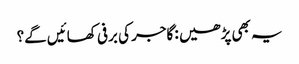
یہ بھی پڑھیں : گاجر کی برفی کھائیں گے؟